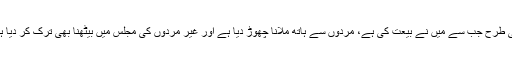
اسی طرح جب سے میں نے بیعت کی ہے، مردوں سے ہاتھ ملانا چھوڑ دیا ہے اور غیر مردوں کی مجلس میں بیٹھنا بھی ترک کر دیا ہے۔